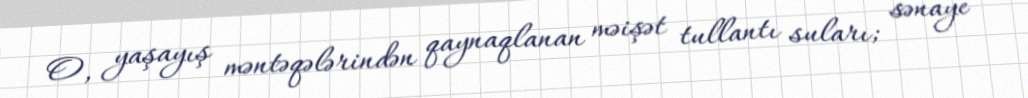
O, yaşayış məntəqələrindən qaynaqlanan məişət tullantı suları; sənaye